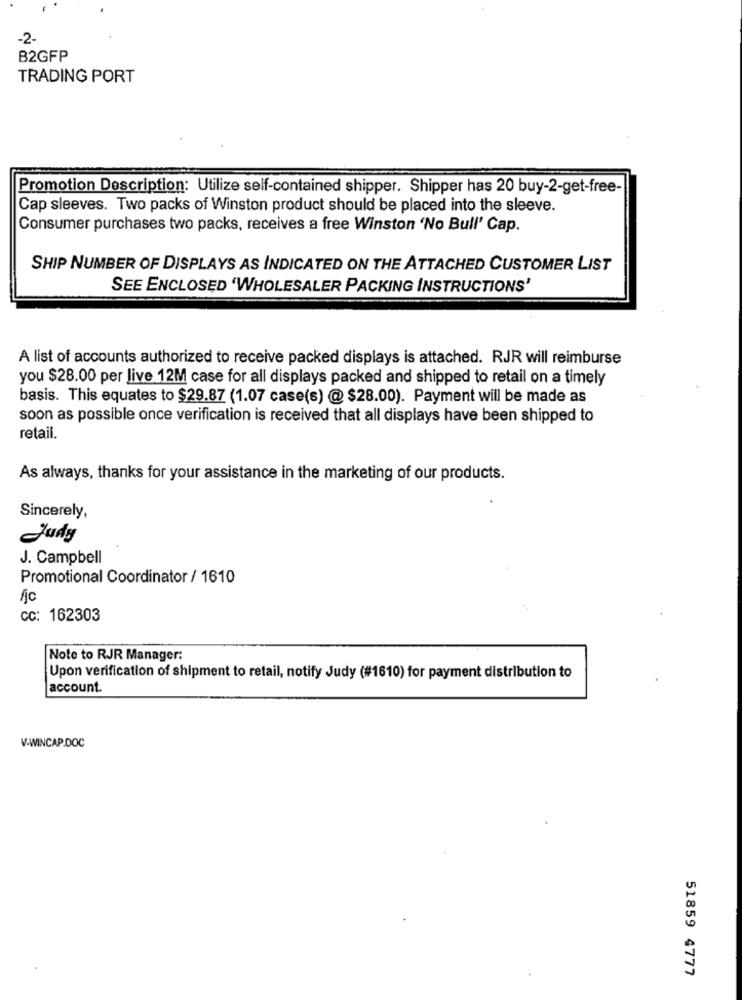
-2-
B2GFP
TRADING PORT
Promotion Description: Utilize self-contained shipper. Shipper has 20 buy-2-get-free-
Cap sleeves. Two packs of Winston product should be placed into the sleeve.
Consumer purchases two packs, receives a free Winston 'No Bull' Cap.
SHIP NUMBER OF DISPLAYS AS INDICATED ON THE ATTACHED CUSTOMER LIST
SEE ENCLOSED 'WHOLESALER PACKING INSTRUCTIONS'
A list of accounts authorized to receive packed displays is attached. RJR will reimburse
you $28.00 per live 12M case for all displays packed and shipped to retail on a timely
basis. This equates to $29.87 (1.07 case(s) @ $28.00). Payment will be made as
soon as possible once verification is received that all displays have been shipped to
retail.
As always, thanks for your assistance in the marketing of our products.
Sincerely,
Judy
J. Campbell
Promotional Coordinator / 1610
fjc
CC: 162303
Note to RJR Manager:
Upon verification of shipment to retail, notify Judy (#1610) for payment distribution to
account.
V-WINCAP.DOC
51859 4777